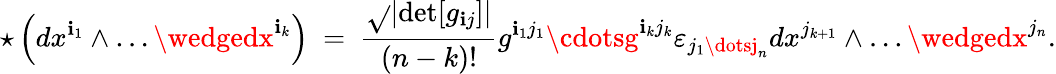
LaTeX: \star\left(dx^{\mathbf{i}_{1}}\wedge\dots\wedgedx^{\mathbf{i}_{k}}\right)\ =\ {\frac{{\sqrt{}{{\left|\operatorname*{det}[g_{\mathbf{i}j}]\right|}}}}{{(n-k)!}}}g^{\mathbf{i}_{1}j_{1}}\cdotsg^{\mathbf{i}_{k}j_{k}}\varepsilon_{j_{1}\dotsj_{n}}dx^{j_{k+1}}\wedge\dots\wedgedx^{j_{n}}.